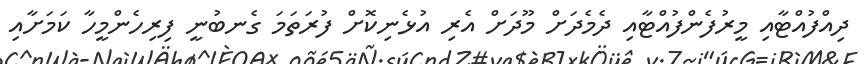
ދިއްފުއްޓާއި މީރުފެންފުއްޓާއި ދެމެދަށް މޫދަށް އެރި އުޅެނިކޮށް ފުރަތަމަ ގެނބުނީ ފިރިހެންމީހާ ކަމަށާއި